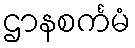
ဌာနစင်္ကမံ